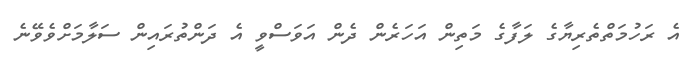
އެ ރަހުމަތްތެރިޔާގެ ލަފާގެ މަތިން އަހަރެން ދެން އަވަސްވީ އެ ދަންތުރައިން ސަލާމަށްވެވޭނެ